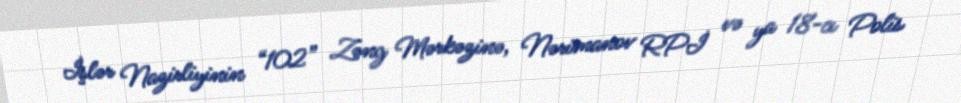
İşlər Nazirliyinin “102” Zəng Mərkəzinə, Nərimanov RPİ və ya 18-cı Polis